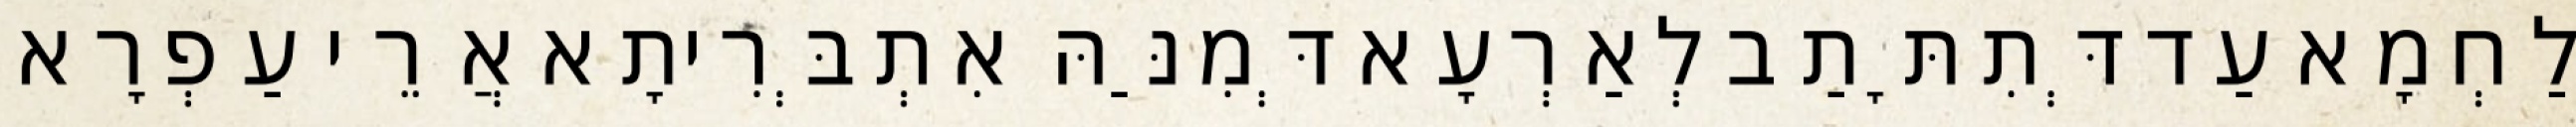
לַחְמָא עַד דְּתִתָּתַב לְאַרְעָא דְּמִנַּהּ אִתְבְּרִיתָא אֲרֵי עַפְרָא